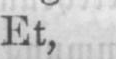
Et,